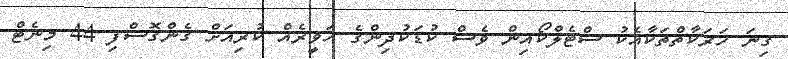
ގިނަ ހަރަކާތްތަކާއެކު ސްޓެލްކޯއިން ވެސް ކުޑަކުދިންގެ ހަވީރެއް ކުރިއަށް ގެންގޮސްފި 44 މިނެޓް